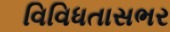
વિવિધતાસભર